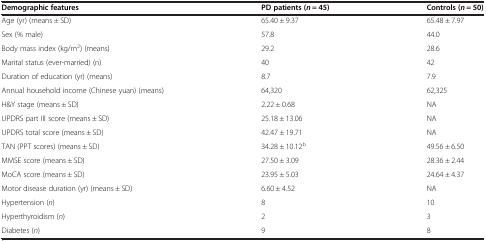
<table><thead><tr><td><b>Demographic features</b></td><td><b>PD patients (<i>n</i> = 45)</b></td><td><b>Controls (<i>n</i> = 50)</b></td></tr></thead><tbody><tr><td>Age (yr) (means ± SD)</td><td>65.40 ± 9.37</td><td>65.48 ± 7.97</td></tr><tr><td>Sex (% male)</td><td>57.8</td><td>44.0</td></tr><tr><td>Body mass index (kg/m<sup>2</sup>) (means)</td><td>29.2</td><td>28.6</td></tr><tr><td>Marital status (ever-married) (n)</td><td>40</td><td>42</td></tr><tr><td>Duration of education (yr) (means)</td><td>8.7</td><td>7.9</td></tr><tr><td>Annual household income (Chinese yuan) (means)</td><td>64,320</td><td>62,325</td></tr><tr><td>H&amp;Y stage (means ± SD)</td><td>2.22 ± 0.68</td><td>NA</td></tr><tr><td>UPDRS part III score (means ± SD)</td><td>25.18 ± 13.06</td><td>NA</td></tr><tr><td>UPDRS total score (means ± SD)</td><td>42.47 ± 19.71</td><td>NA</td></tr><tr><td>TAN (PPT scores) (means ± SD)</td><td>34.28 ± 10.12<sup>b</sup></td><td>49.56 ± 6.50</td></tr><tr><td>MMSE score (means ± SD)</td><td>27.50 ± 3.09</td><td>28.36 ± 2.44</td></tr><tr><td>MoCA score (means ± SD)</td><td>23.95 ± 5.03</td><td>24.64 ± 4.37</td></tr><tr><td>Motor disease duration (yr) (means ± SD)</td><td>6.60 ± 4.52</td><td>NA</td></tr><tr><td>Hypertension (<i>n</i>)</td><td>8</td><td>10</td></tr><tr><td>Hyperthyroidism (<i>n</i>)</td><td>2</td><td>3</td></tr><tr><td>Diabetes (<i>n</i>)</td><td>9</td><td>8</td></tr></tbody></table>